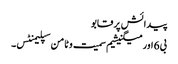
پیدائش پر قابو
بی 6 اور میگنیشیم سمیت وٹامن سپلیمنٹس۔